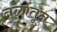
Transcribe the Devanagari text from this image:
नळांतून